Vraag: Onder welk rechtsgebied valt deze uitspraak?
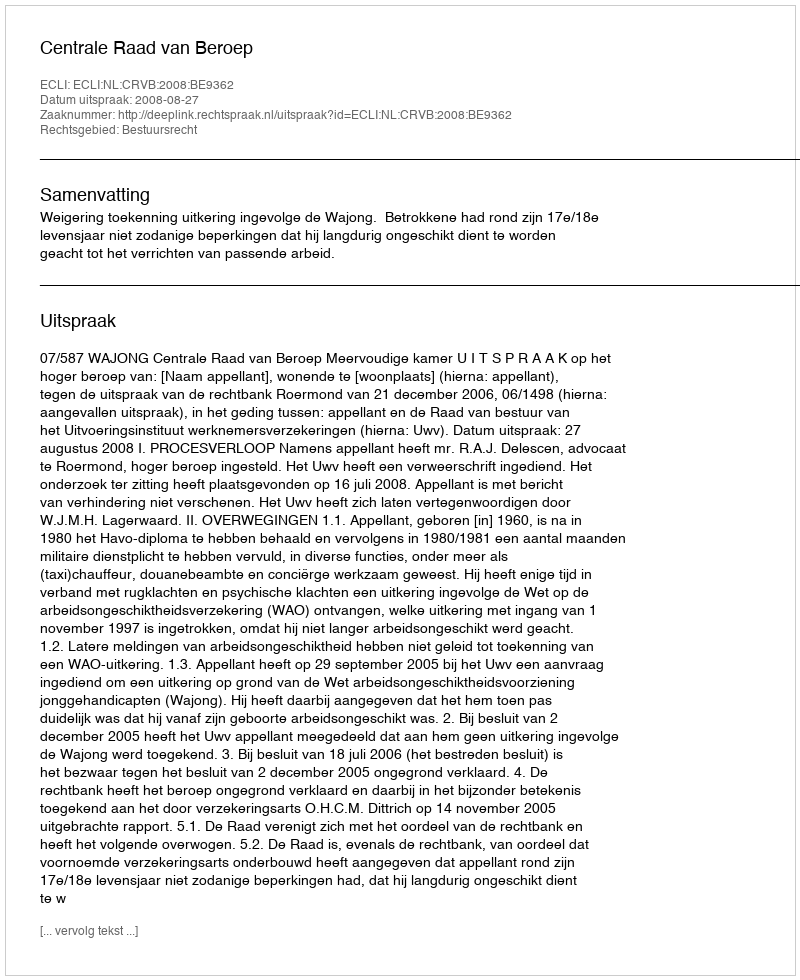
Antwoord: Bestuursrecht